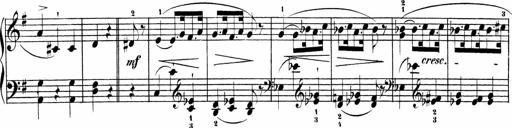
Title: Sonatinen Op.47, 98 und 136, nebst 6 Liedersonatinen
Composer: Carl Reinecke